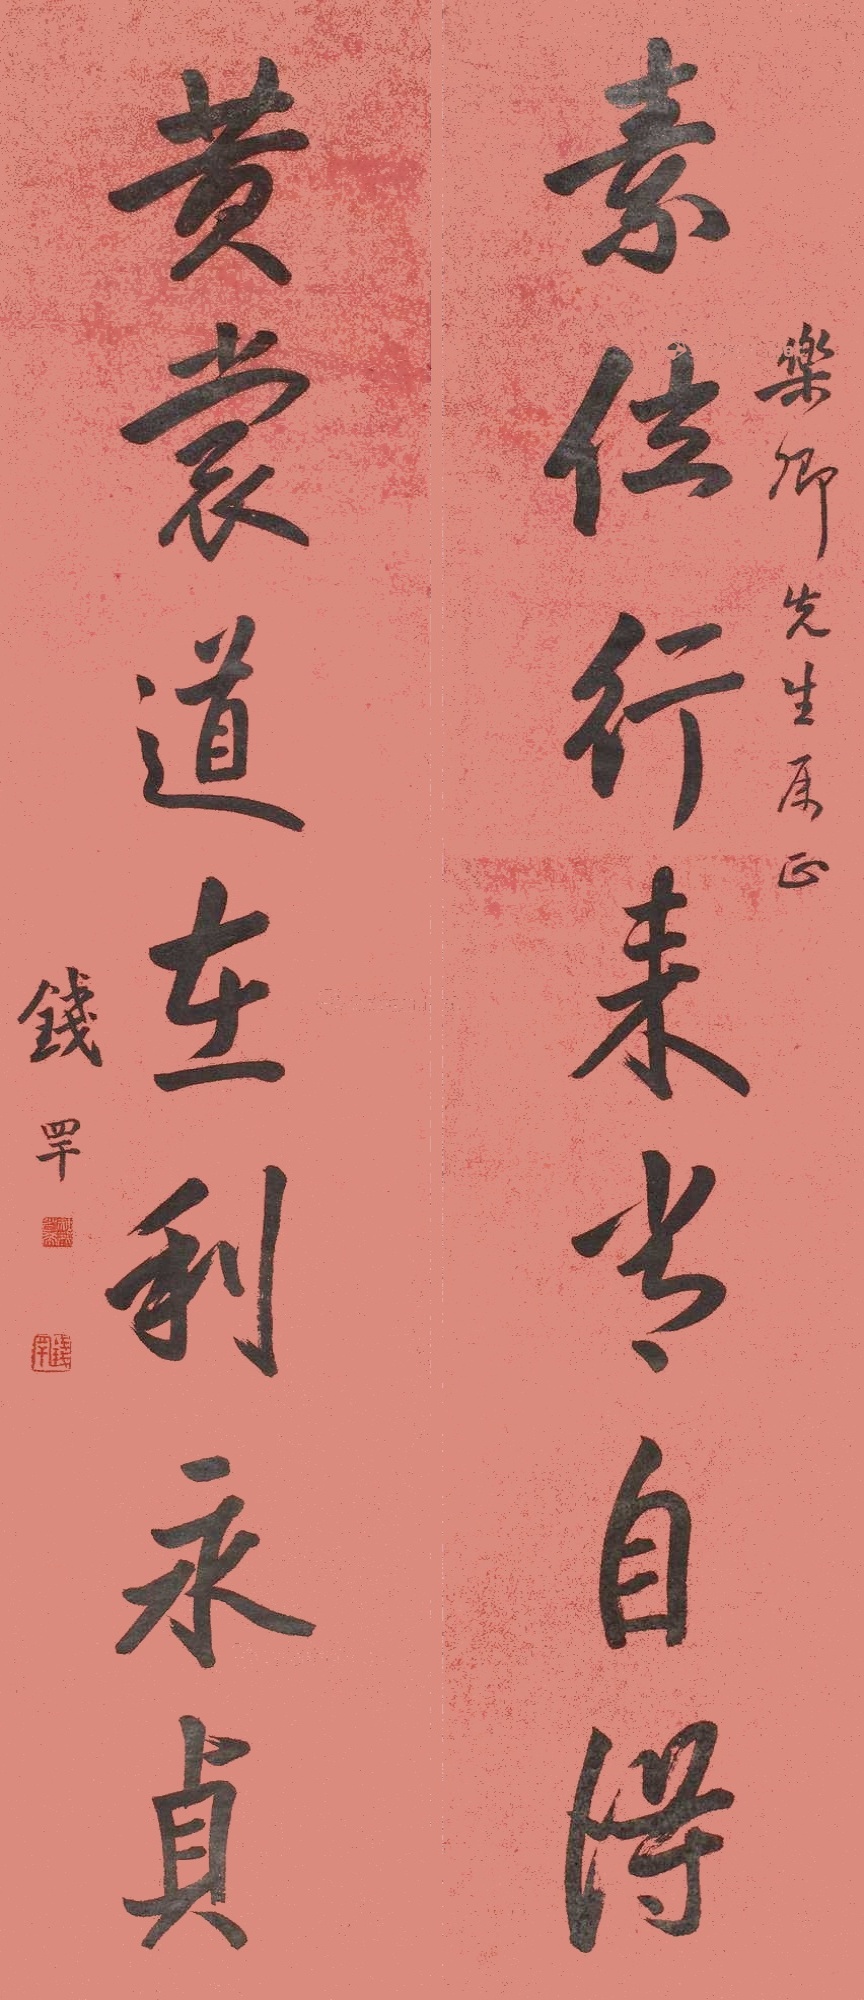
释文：素位行来常自得；黄裳道在利永贞。乐卿先生属正，钱罕。